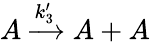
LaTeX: A\xrightarrow{k_{3}^{\prime}}A+A